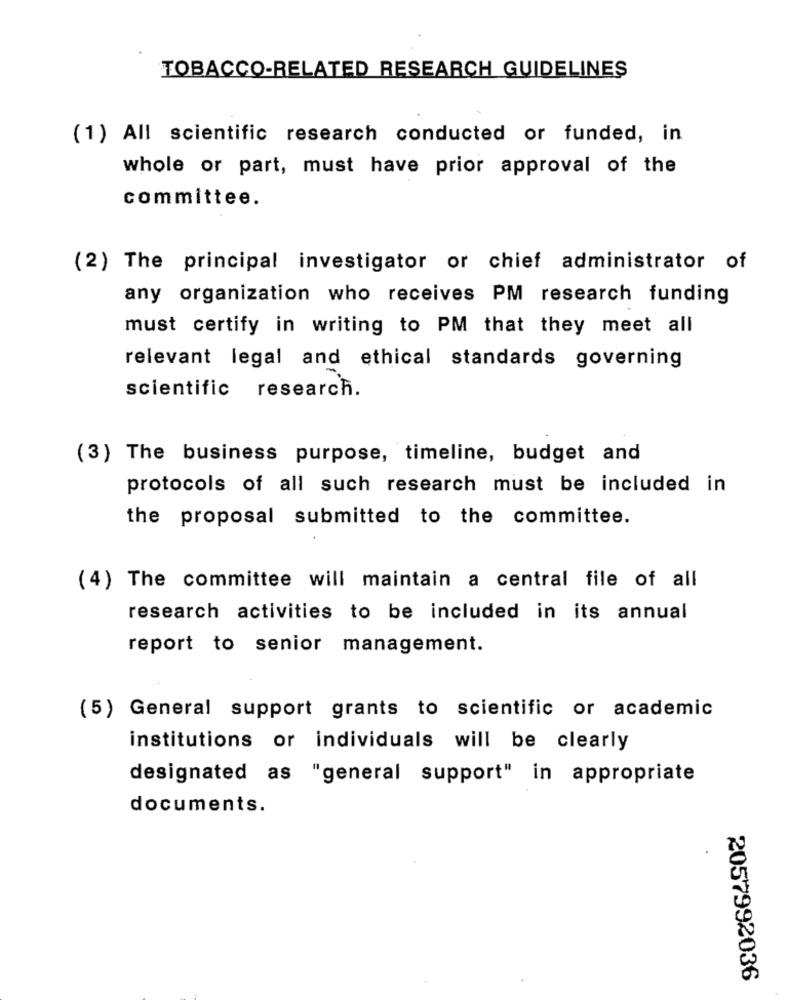
TOBACCO-RELATED RESEARCH GUIDELINES
(1) All scientific research conducted or funded, in
whole or part, must have prior approval of the
committee.
(2) The principal investigator or chief administrator of
any organization who receives PM research funding
must certify in writing to PM that they meet all
relevant legal and ethical standards governing
scientific research.
(3) The business purpose, timeline, budget and
protocols of all such research must be included in
the proposal submitted to the committee.
(4) The committee will maintain a central file of all
research activities to be included in its annual
report to senior management.
(5) General support grants to scientific or academic
institutions or individuals will be clearly
designated as "general support" in appropriate
documents.
2057992036